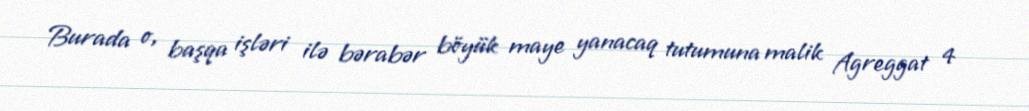
Burada o, başqa işləri ilə bərabər böyük maye yanacaq tutumuna malik Agreggat 4